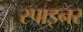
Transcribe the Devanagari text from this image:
स्पाइनर